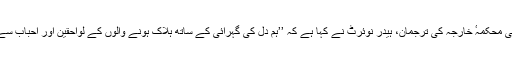
ایک اخباری بیان میں امریکی محکمہٴ خارجہ کی ترجمان، ہیدر نوئرٹ نے کہا ہے کہ ’’ہم دل کی گہرائی کے ساتھ ہلاک ہونے والوں کے لواحقین اور احباب سے اظہار تعزیت کرتے ہیں‘‘۔